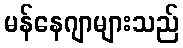
မန်နေဂျာများသည်